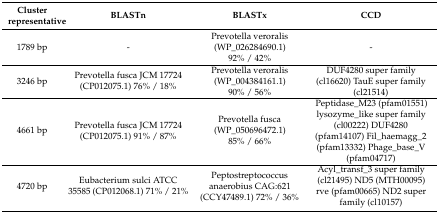
<table><thead><tr><td><b>Cluster representative</b></td><td><b>BLASTn</b></td><td><b>BLASTx</b></td><td><b>CCD</b></td></tr></thead><tbody><tr><td>1789 bp</td><td>-</td><td>Prevotella veroralis (WP_026284690.1) 92% / 42%</td><td>-</td></tr><tr><td>3246 bp</td><td>Prevotella fusca JCM 17724 (CP012075.1) 76% / 18%</td><td>Prevotella veroralis (WP_004384161.1) 90% / 56%</td><td>DUF4280 super family (cl16620) TauE super family (cl21514)</td></tr><tr><td>4661 bp</td><td>Prevotella fusca JCM 17724 (CP012075.1) 91% / 87%</td><td>Prevotella fusca (WP_050696472.1) 85% / 66%</td><td>Peptidase_M23 (pfam01551) lysozyme_like super family (cl00222) DUF4280 (pfam14107) Fil_haemagg_2 (pfam13332) Phage_base_V (pfam04717)</td></tr><tr><td>4720 bp</td><td>Eubacterium sulci ATCC 35585 (CP012068.1) 71% / 21%</td><td>Peptostreptococcus anaerobius CAG:621 (CCY47489.1) 72% / 36%</td><td>Acyl_transf_3 super family (cl21495) ND5 (MTH00095) rve (pfam00665) ND2 super family (cl10157)</td></tr></tbody></table>